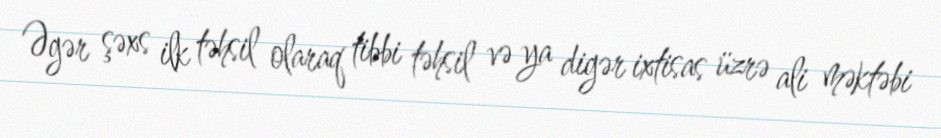
Əgər şəxs ilk təhsil olaraq tibbi təhsil və ya digər ixtisas üzrə ali məktəbi